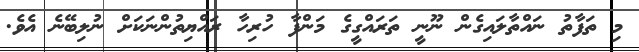
މި ތަފާތު ނައްތާލައިގެން ނޫނީ ތަރައްގީގެ މަންފާ ހުރިހާ ރައްޔިތުންނަކަށް ނުލިބޭނެ އެވެ.